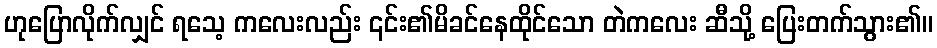
ဟုပြောလိုက်လျှင် ရသေ့ ကလေးလည်း ၎င်း၏မိခင်နေထိုင်သော တဲကလေး ဆီသို့ ပြေးတက်သွား၏။